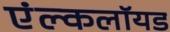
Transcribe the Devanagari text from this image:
एंल्कलॉयड